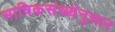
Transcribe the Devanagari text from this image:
भाषिकसंख्येनुसार